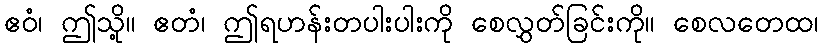
ဧဝံ၊ ဤသို့။ ဧတံ၊ ဤရဟန်းတပါးပါးကို စေလွှတ်ခြင်းကို။ စေလတေထ၊